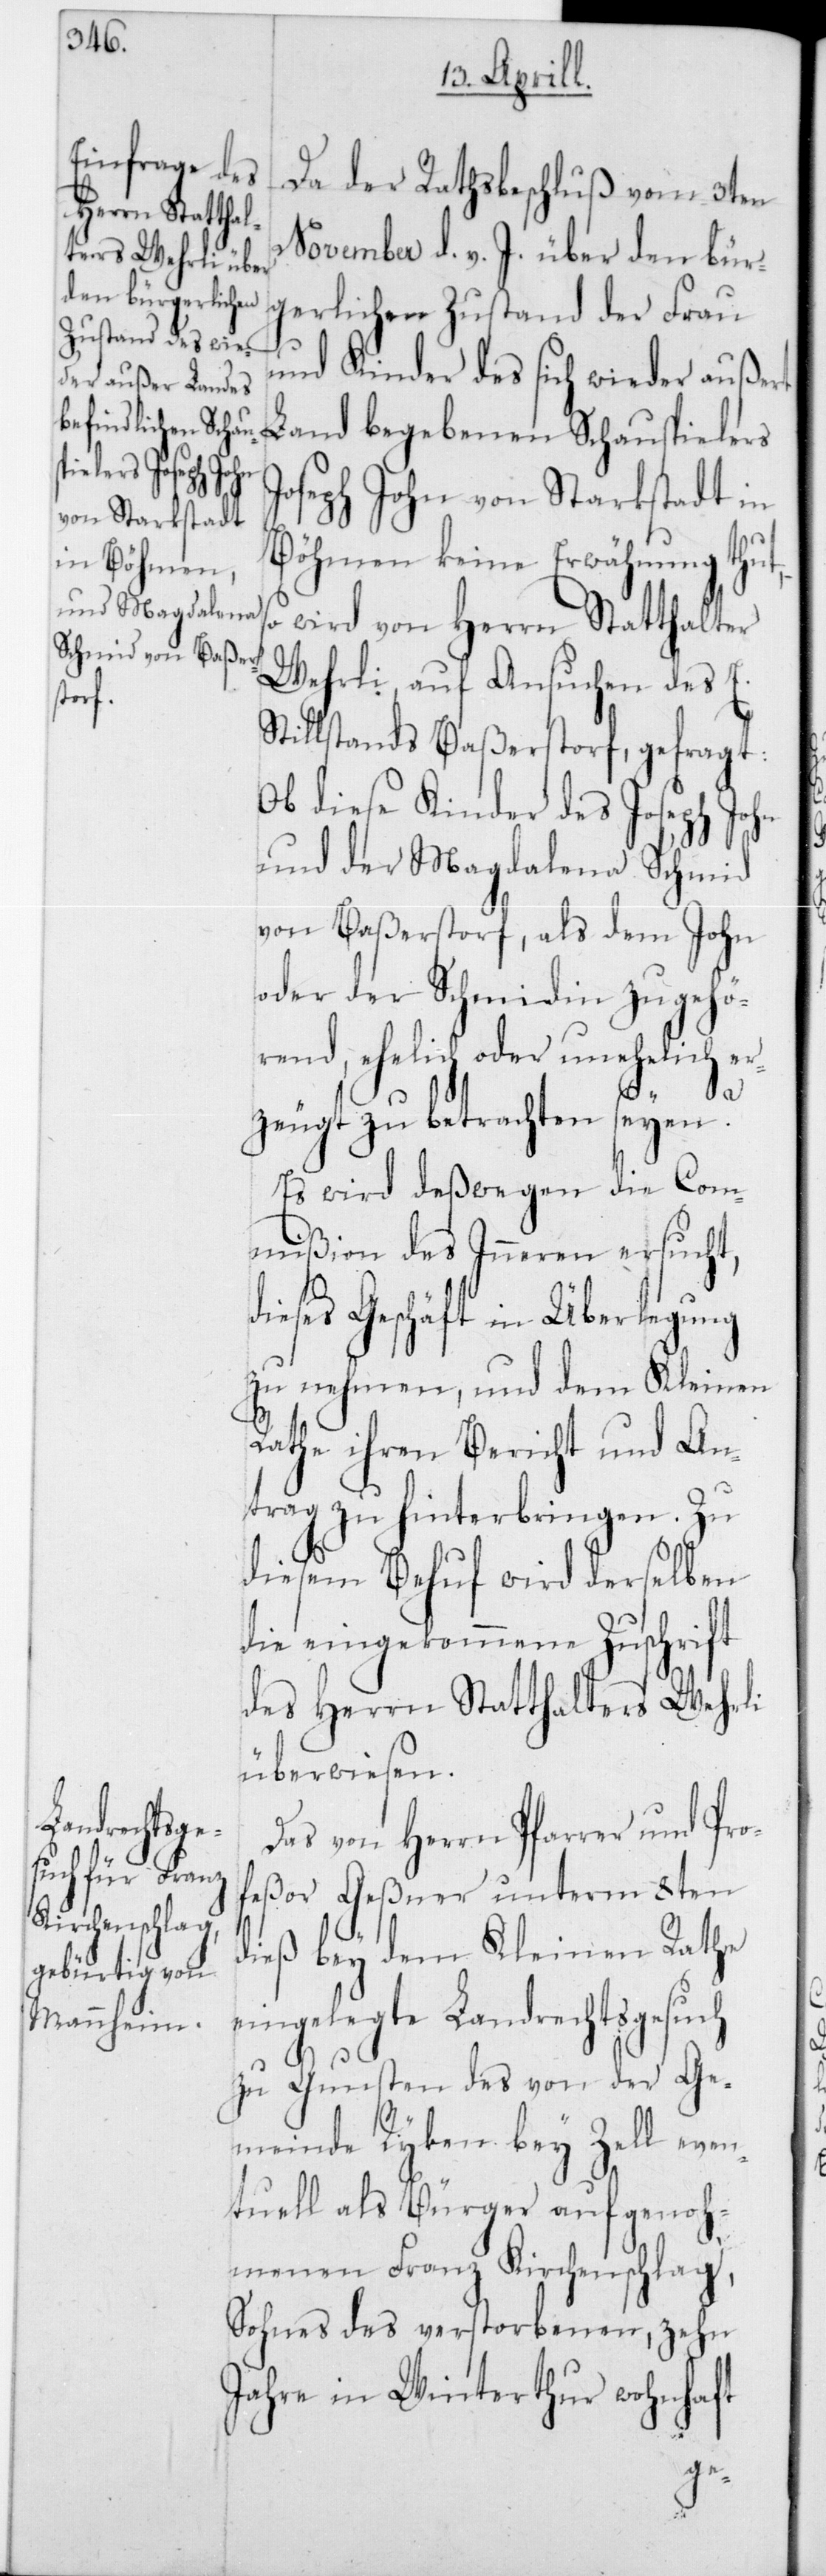
Da der Ratsbeschluß vom 3ten
November d. v. J. über den bür¬
gerlichen Zustand der Frau
und Kinder des sich wieder außert
Land begebenen Schauspielers
oseph John von Starkstadt in
Böhmen keine Erwähnung thut,
–
wird von Herrn Statthalter
Wehrli auf Ansuchen des E.
Stillstands Baßerstorf gefragt:
Ob diese Kinder des Joseph John
und der Magdalena Schmid
von Baßerstorf, als dem John
oder der Schmidin zugehö¬
rend, ehelich oder unehelich er¬
d¬
zeugt zu betrachten seyen?
Es wird deßwegen die Com¬
mißion des Inneren ersucht,
ieses Geschäft in Überlegung
zu nehmen, und dem Kleinen
Rathe ihren Bericht und An¬
trag zu hinterbringen. Zu
diesem Behuf wird derselben
die eingekommene Zuschrift
des Herrn Statthalters Wehrli
überwiesen.
Das von Herrn Pfarrer und Pro¬
feßor Geßner unterm 8ten
dieß bey dem Kleinen Rathe
eingelegte Landrechtsgesuch
zu Gunsten des von der Ge¬
meinde Rykon bey Zell even¬
tuell als Bürger aufgenoh¬
menen Franz Kirchenschlag,
Sohnes des verstorbenen, zehn
Jahre in Winterthur wohnhaft
J¬